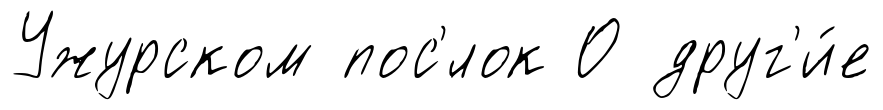
Ужурском пос'́лок О друг'и́е